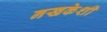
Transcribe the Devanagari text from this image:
नखकेशी